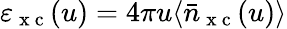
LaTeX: \varepsilon_{\mathrm{~x~c~}}(u)=4\pi u\langle\bar{n}_{\mathrm{~x~c~}}(u)\rangle